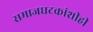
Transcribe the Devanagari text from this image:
समाजघटकांशीही